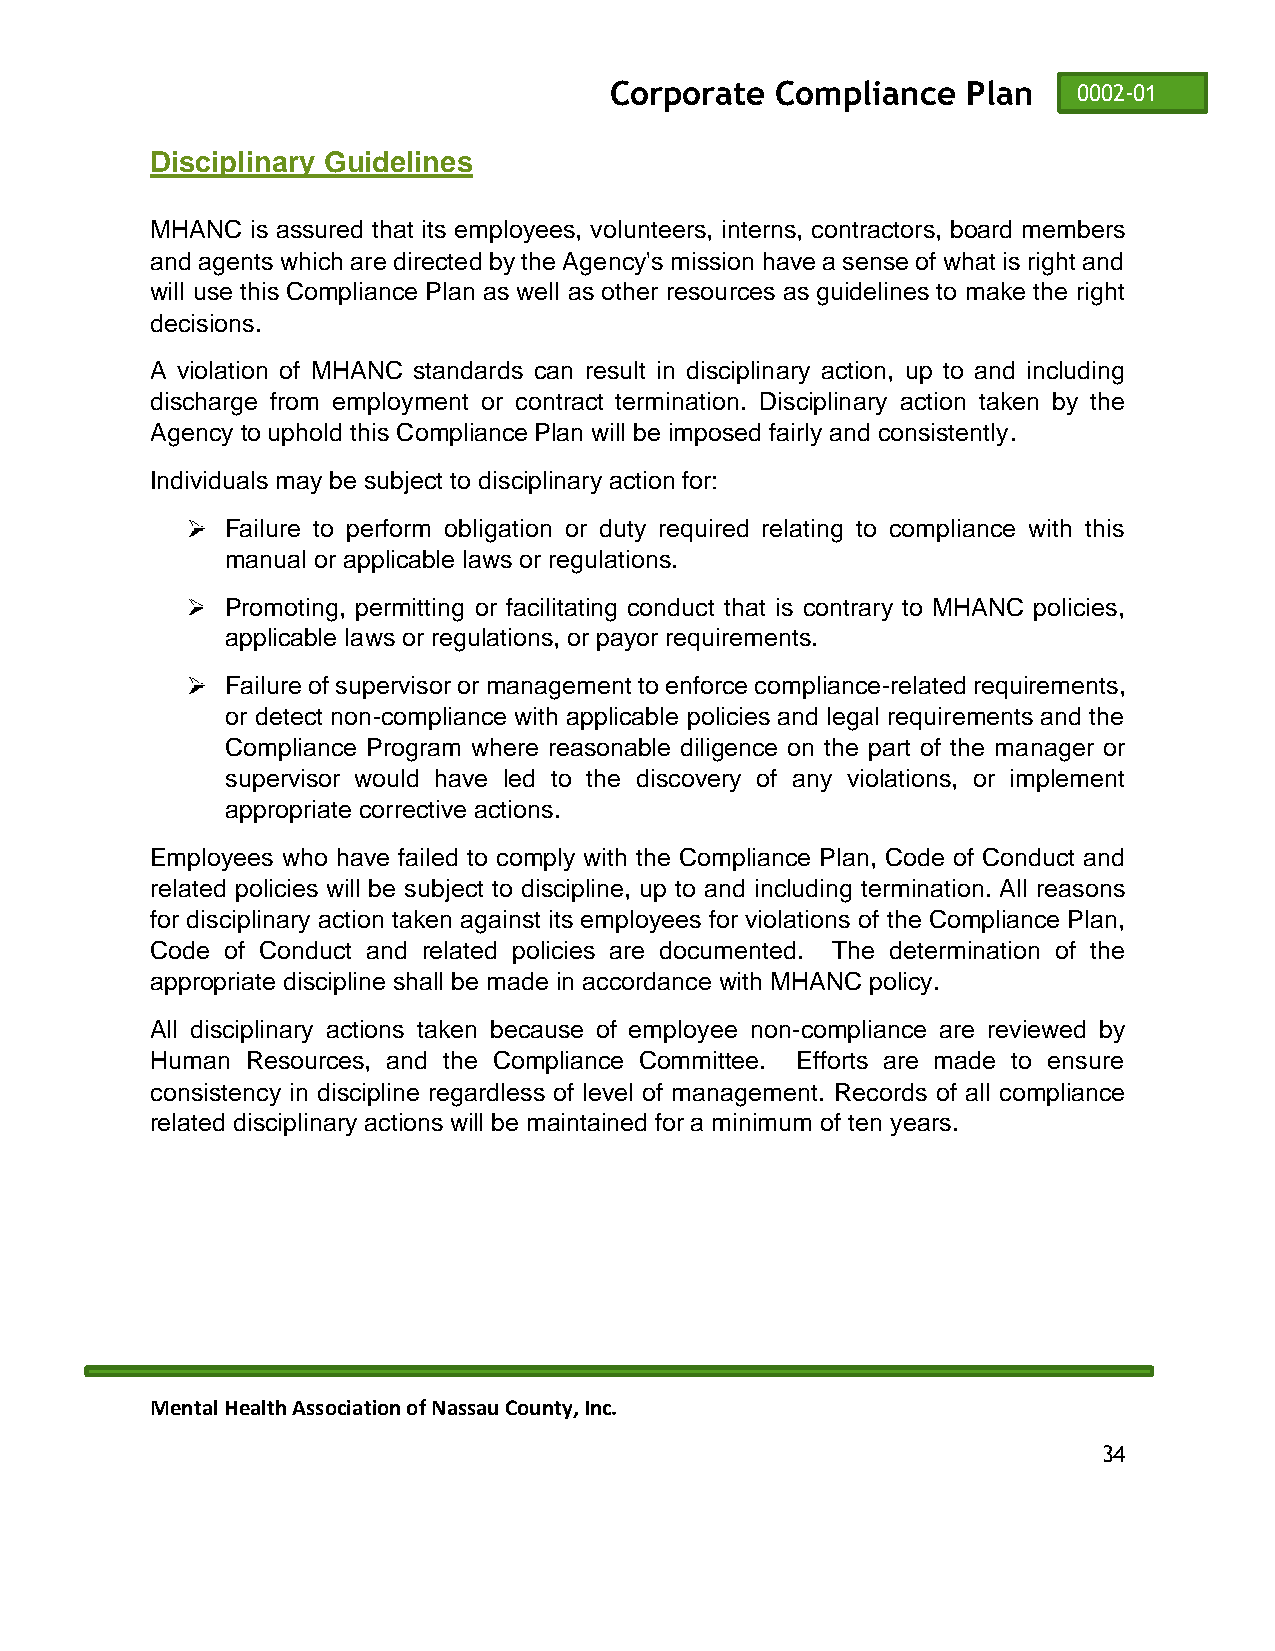
Corporate  Compliance   Plan   0002-01
 Disciplinary Guidelines
 MHANC  is assured that its employees, volunteers, interns, contractors, board members
 and agents which are directed by the Agency's mission have a sense of what is right and
 will use this Compliance Plan as well as other resources as guidelines to make the right
 decisions.
 A violation of MHANC standards can result in disciplinary action, up to and including
 discharge from employment or contract termination. Disciplinary action taken by the
 Agency to uphold this Compliance Plan will be imposed fairly and consistently.
 Individuals may be subject to disciplinary action for:
 Failure to perform obligation or duty required relating to compliance with this
 manual or applicable laws or regulations.
 Promoting, permitting or facilitating conduct that is contrary to MHANC policies,
 applicable laws or regulations, or payor requirements.
 Failure of supervisor or management to enforce compliance-related requirements,
 or detect non-compliance with applicable policies and legal requirements and the
 Compliance Program where reasonable diligence on the part of the manager or
 supervisor would have led to the discovery of any violations, or implement
 appropriate corrective actions.
 Employees who have failed to comply with the Compliance Plan, Code of Conduct and
 related policies will be subject to discipline, up to and including termination. All reasons
 for disciplinary action taken against its employees for violations of the Compliance Plan,
 Code of Conduct and related policies are documented. The determination of the
 appropriate discipline shall be made in accordance with MHANC policy.
 All disciplinary actions taken because of employee non-compliance are reviewed by
 Human Resources, and the Compliance Committee. Efforts are made to ensure
 consistency in discipline regardless of level of management. Records of all compliance
 related disciplinary actions will be maintained for a minimum of ten years.
 Mental Health Association of Nassau County, Inc.
 34